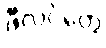
ဖီလင်တွေ